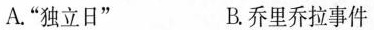
A. ”独立日” B. 乔里乔拉事件